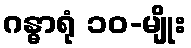
ဂန္ဓာရုံ ၁၀-မျိုး